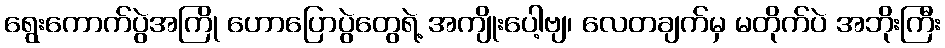
ရွေးကောက်ပွဲအကြို ဟောပြောပွဲတွေရဲ့ အကျိုးပေါ့ဗျ၊ လေတချက်မှ မတိုက်ပဲ အဘိုးကြီး